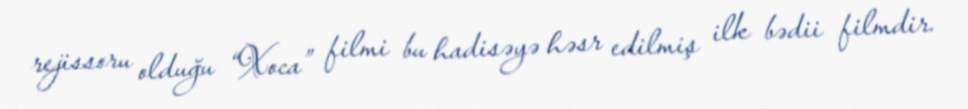
rejissoru olduğu “Xoca” filmi bu hadisəyə həsr edilmiş ilk bədii filmdir.